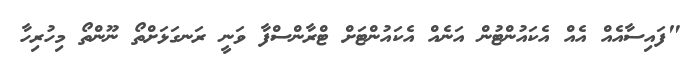
"ފައިސާއެއް އެއް އެކައުންޓުން އަނެއް އެކައުންޓަށް ޓްރާންސްފާ ވަނީ ރަނގަޅަށްތޯ ނޫންތޯ މިހުރިހާ